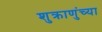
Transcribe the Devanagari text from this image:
शुक्राणुंच्या